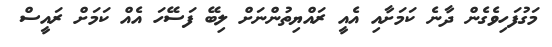
މަގުފަހިވެގެން ދާނެ ކަމަށާއި އެއީ ރައްޔިތުންނަށް ލިބޭ ފަސޭހަ އެއް ކަމަށް ރައީސް